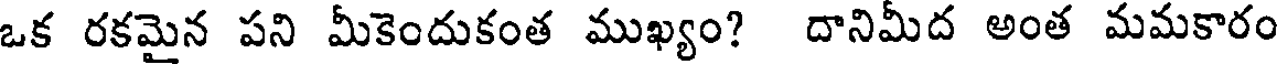
ఒక రకమైన పని మీకెందుకంత ముఖ్యం? దానిమీద అంత మమకారం